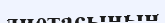
диетасының